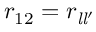
r _ { 1 2 } = r _ { { \mathit { l } } { \mathit { l } } ^ { \prime } }